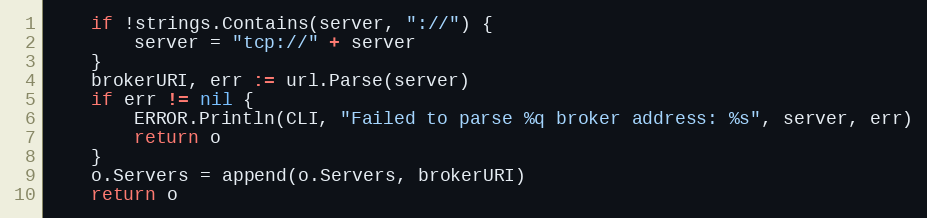
Language: Go
	if !strings.Contains(server, "://") {
		server = "tcp://" + server
	}
	brokerURI, err := url.Parse(server)
	if err != nil {
		ERROR.Println(CLI, "Failed to parse %q broker address: %s", server, err)
		return o
	}
	o.Servers = append(o.Servers, brokerURI)
	return o